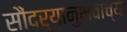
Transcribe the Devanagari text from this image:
सौंदर्यानुभवाच्या